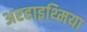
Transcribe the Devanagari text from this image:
अरहाइथ्मिया